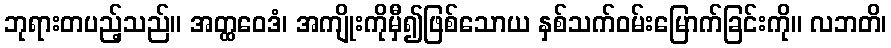
ဘုရားတပည့်သည်။ အတ္ထဝေဒံ၊ အကျိုးကိုမှီ၍ဖြစ်သောယ နှစ်သက်ဝမ်းမြောက်ခြင်းကို။ လဘတိ၊